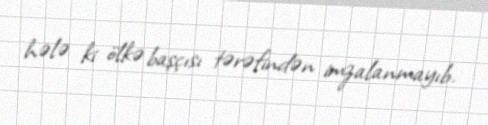
hələ ki ölkə başçısı tərəfindən imzalanmayıb.